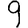
Digit: 9